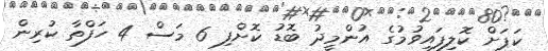
ކަޕަށް ކޮލިފައިވުމުގެ އުންމީދު ބޮޑު ކޮށްފި 6 މަސް 4 ހަފްތާ ކުރިން